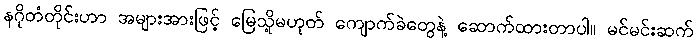
နဂိုတံတိုင်းဟာ အများအားဖြင့် မြေသို့မဟုတ် ကျောက်ခဲတွေနဲ့ ဆောက်ထားတာပါ။ မင်မင်းဆက်